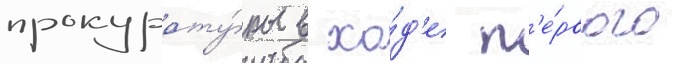
прокурату́ры в хо́д'е п'е́рвого